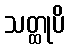
သတ္ထုပိ